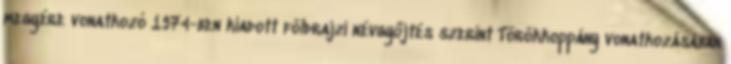
megyére vonatkozó 1974-ben kiadott földrajzi névgyűjtés szerint Törökkoppány vonatkozásában